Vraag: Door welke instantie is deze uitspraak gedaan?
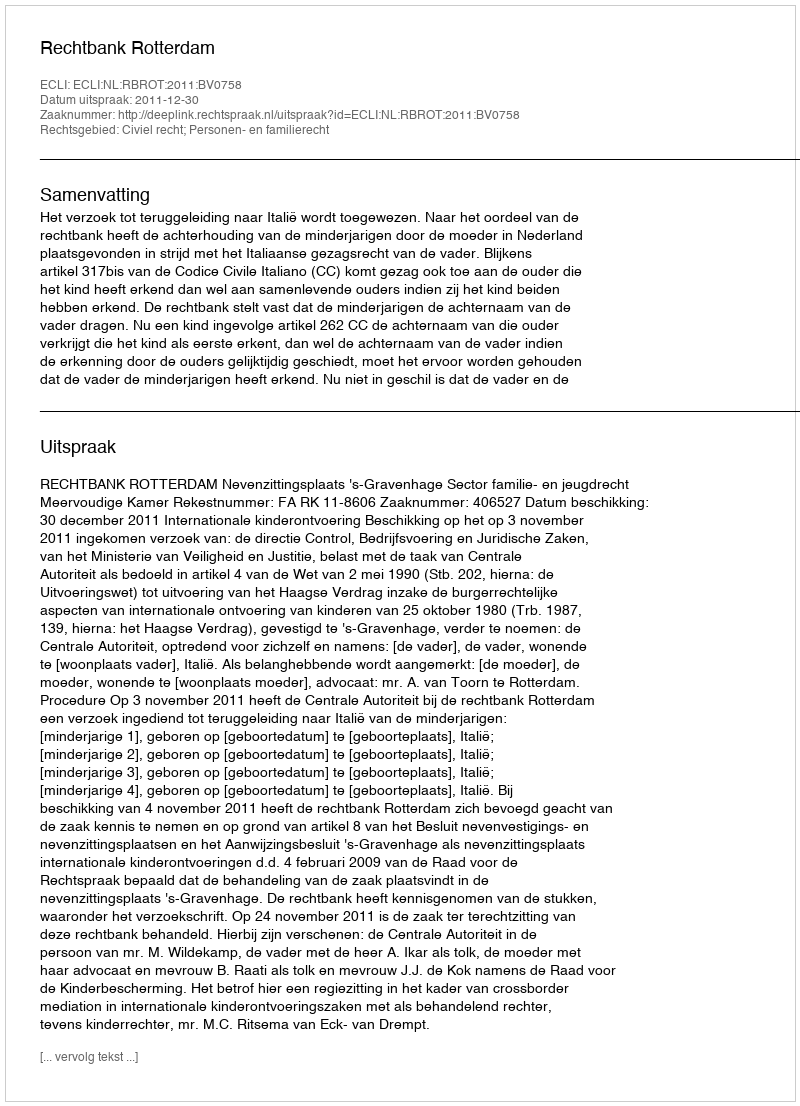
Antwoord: Rechtbank Rotterdam